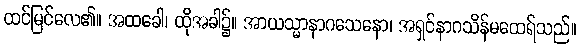
ထင်မြင်လေ၏။ အထခေါ၊ ထိုအခါ၌။ အာယသ္မာနာဂသေနော၊ အရှင်နာဂသိန်မထေရ်သည်။